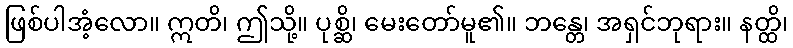
ဖြစ်ပါအံ့လော။ ဣတိ၊ ဤသို့။ ပုစ္ဆိ၊ မေးတော်မူ၏။ ဘန္တေ၊ အရှင်ဘုရား။ နတ္ထိ၊